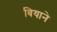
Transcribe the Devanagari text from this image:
बियाने